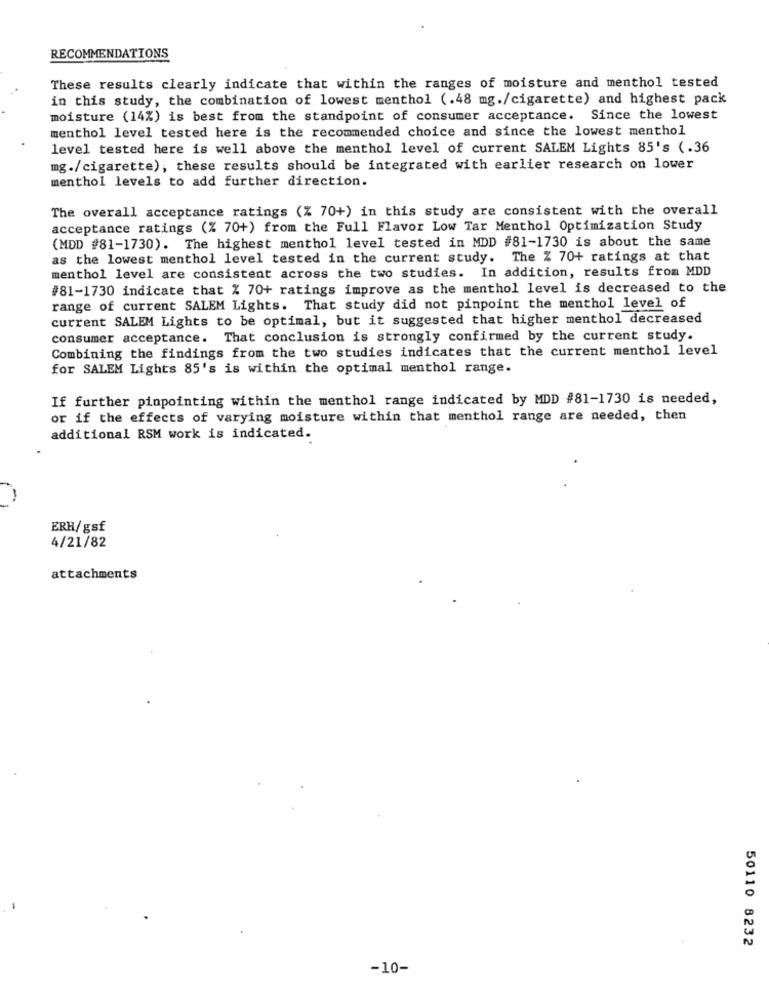
RECOMMENDATIONS
These results clearly indicate that within the ranges of moisture and menthol tested
in this study, the combination of lowest menthol (.48 mg./cigarette) and highest pack
moisture (14%) is best from the standpoint of consumer acceptance. Since the lowest
menthol level tested here is the recommended choice and since the lowest menthol
level tested here is well above the menthol level of current SALEM Lights 85's (.36
mg./cigarette), these results should be integrated with earlier research on lower
menthol levels to add further direction.
The overall acceptance ratings (% 70+) in this study are consistent with the overall
acceptance ratings (% 70+) from the Full Flavor Low Tar Menthol Optimization Study
(MDD #81-1730). The highest menthol level tested in MDD #81-1730 is about the same
as the lowest menthol level tested in the current study. The % 70+ ratings at that
menthol level are consistent across the two studies. In addition, results from MDD
#81-1730 indicate that % 70+ ratings improve as the menthol level is decreased to the
range of current SALEM Lights. That study did not pinpoint the menthol level of
current SALEM Lights to be optimal, but it suggested that higher menthol decreased
consumer acceptance. That conclusion is strongly confirmed by the current study.
Combining the findings from the two studies indicates that the current menthol level
for SALEM Lights 85's is within the optimal menthol range.
If further pinpointing within the menthol range indicated by MDD #81-1730 is needed,
or if the effects of varying moisture within that menthol range are needed, then
additional RSM work is indicated.
ERH/gsf
4/21/82
attachments
50110 8232
-10-